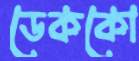
ডেককো